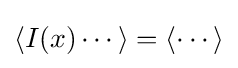
\left\langle I(x)\cdots \right\rangle =\left\langle \cdots \right\rangle